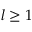
l \ge 1